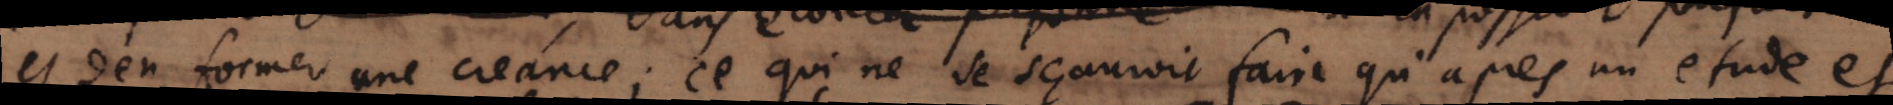
et d’en former une creance ; ce qui ne se sçauroit faire qu’après une étude et